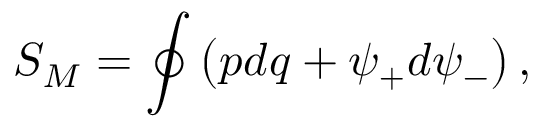
S _ { M } = \oint \left( p d q + \psi _ { + } d \psi _ { - } \right) ,